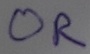
Text: OR